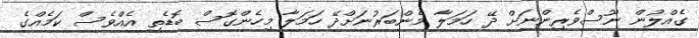
ގެއްލުން ނޫސްވެރިންނަށް ދޭ ހަމަލާ މެންބަރުނަށްދޭ ހަމަލާ މިހެންގޮސް ބޮޑެތި އެއްވެސް ކަމެއްގެ